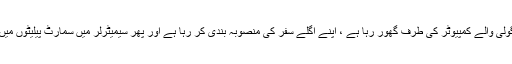
اگرچہ ڈرائیور پہیے کے پیچھے بیٹھا ہوا ہے ، وہ ایک گولی والے کمپیوٹر کی طرف گھور رہا ہے ، اپنے اگلے سفر کی منصوبہ بندی کر رہا ہے اور پھر سیمیٹرلر میں سمارٹ پیلیٹوں میں ذخیرہ کرنے والے سامان کی حالت کی جانچ کررہا ہے۔